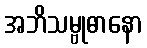
အဘိသမ္ဗုဓာနော